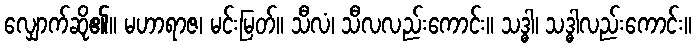
လျှောက်ဆို၏။ မဟာရာဇ၊ မင်းမြတ်။ သီလံ၊ သီလလည်းကောင်း။ သဒ္ဓါ၊ သဒ္ဓါလည်းကောင်း။